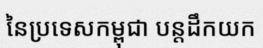
នៃប្រទេសកម្ពុជា បន្តដឹកយក